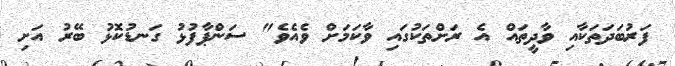
ފަރުބަދަތަކާއި ވާދީތައް އެ ރަށްތަކުގައި ވާކަމަށް ވެއެވެ" ސަންޕާފުޅު ގަނޑުކޮޅު ބޭރު އަށި